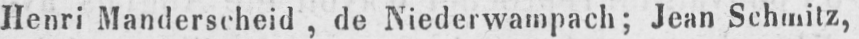
Henri Manderscheid, de Niederwampach; Jean Schmitz,